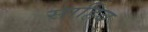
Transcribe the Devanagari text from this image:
साहिब